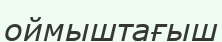
оймыштағыш